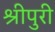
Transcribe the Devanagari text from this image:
श्रीपुरी